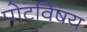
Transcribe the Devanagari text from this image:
पोटविषय